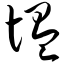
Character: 愠